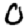
Digit: 0